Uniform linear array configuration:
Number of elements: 8
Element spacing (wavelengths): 0.25
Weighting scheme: blackman
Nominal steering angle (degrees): -30
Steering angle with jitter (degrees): -29.339
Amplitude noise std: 0.05
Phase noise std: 0.05

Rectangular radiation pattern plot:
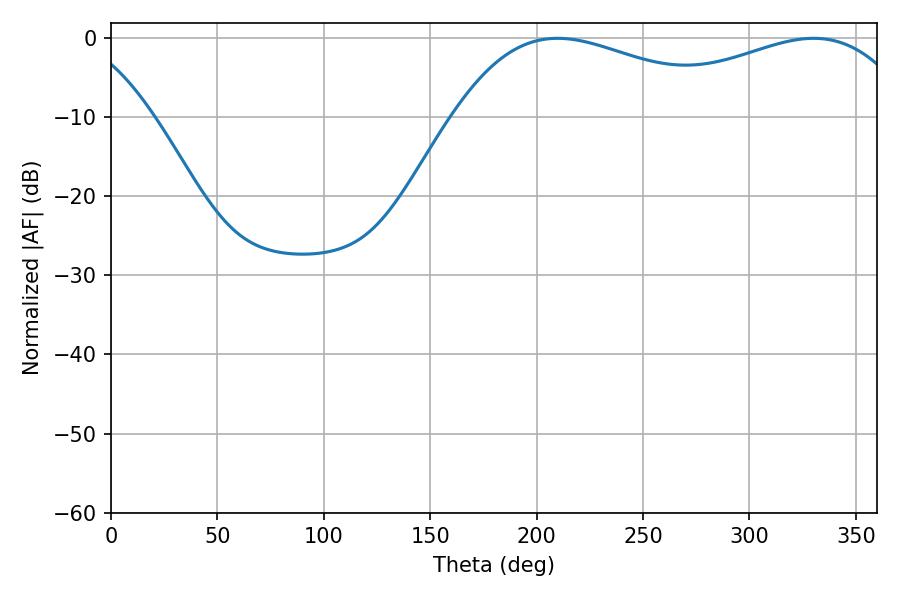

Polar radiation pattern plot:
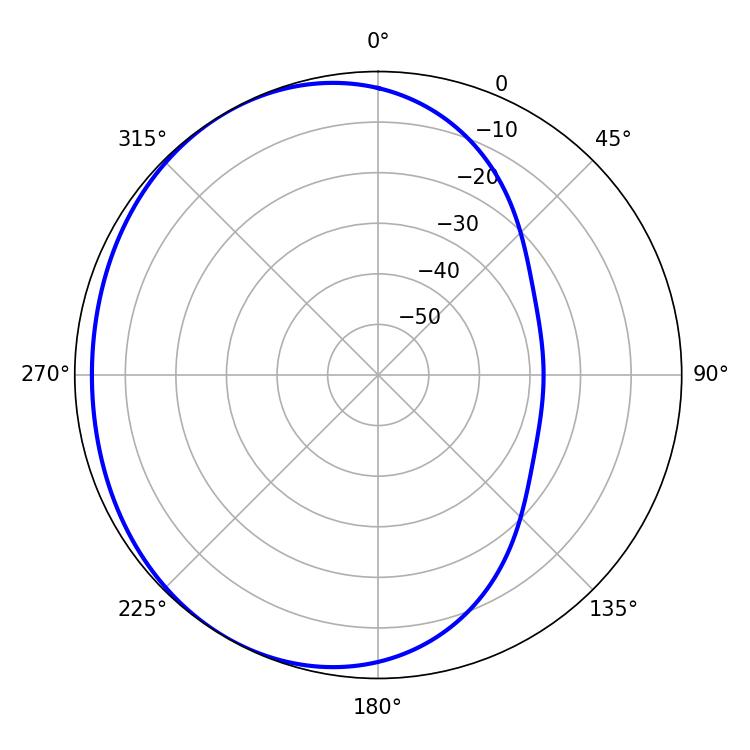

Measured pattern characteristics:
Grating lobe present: FALSE
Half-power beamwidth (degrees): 74.88
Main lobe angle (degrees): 209.88